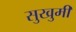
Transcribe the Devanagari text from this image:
सुखुमी